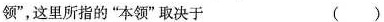
领“，这里所指的”本领“取决于 （ ）